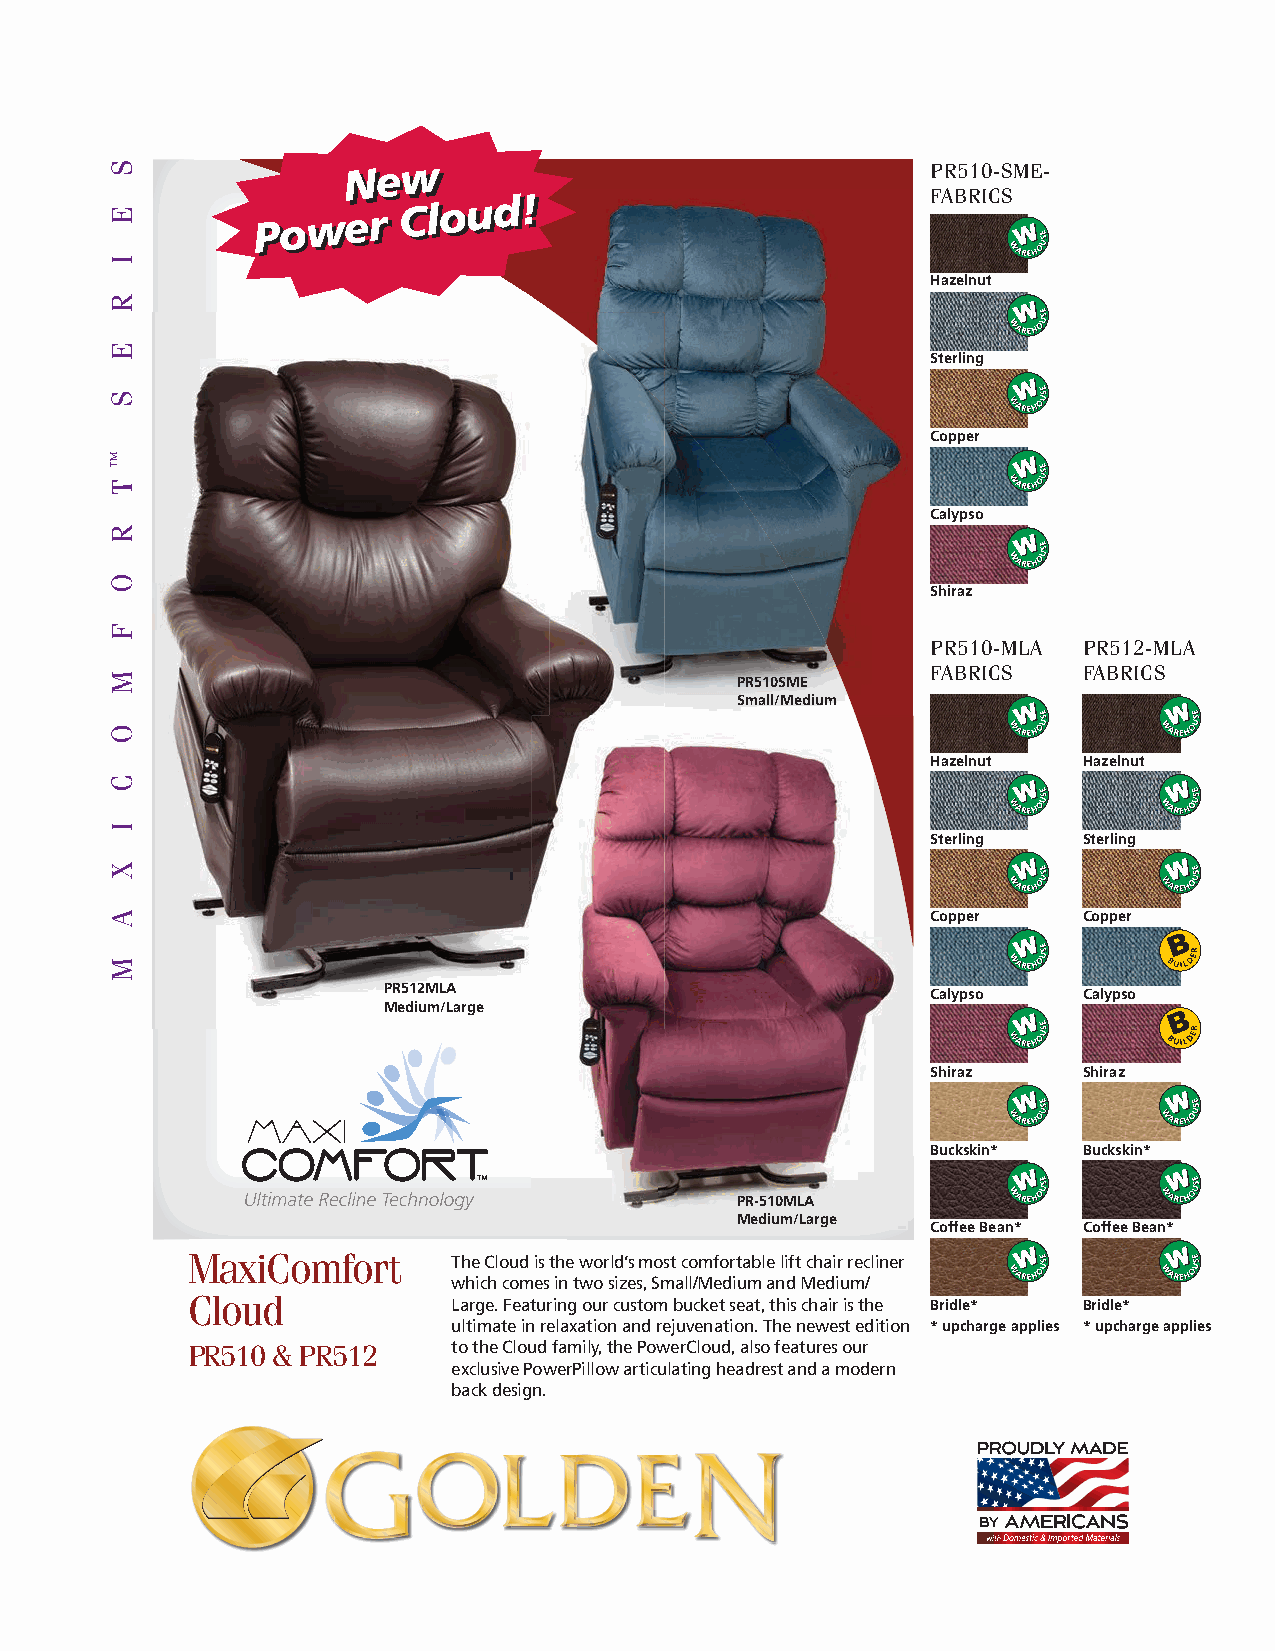
NNeeww                                 PR510-SME-
 PPoowweerr
 CClloouudd!!                       FABRICS
 Hazelnut
 Sterling
 Copper
 Calypso
 Shiraz
 PR510-MLA PR512-MLA
 FABRICS   FABRICS
 PR510SME
 Small/Medium
 Hazelnut  Hazelnut
 Sterling  Sterling
 Copper    Copper
 PR512MLA                             Calypso   Calypso
 Medium/Large
 Shiraz    Shiraz
 Buckskin* Buckskin*
 PR-510MLA
 Medium/Large
 Coffee Bean* Coffee Bean*
 MaxiComfort       The Cloud is the world’s most comfortable lift chair recliner
 which comes in two sizes, Small/Medium and Medium/
 Cloud             Large. Featuring our custom bucket seat, this chair is the Bridle* Bridle*
 ultimate in relaxation and rejuvenation. The newest edition * upcharge applies * upcharge applies
 PR510 & PR512     to the Cloud family, the PowerCloud, also features our
 exclusive PowerPillow articulating headrest and a modern
 back design.
 SS
 EE
 II
 RR
 EE
 SS
 ™
 TT
 RR
 OO
 FF
 MM
 OO
 CC
 II
 XX
 AA
 MM